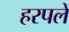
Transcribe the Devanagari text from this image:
हरपलें